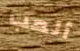
ألعب